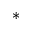
*